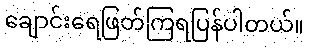
ချောင်းရေဖြတ်ကြရပြန်ပါတယ်။